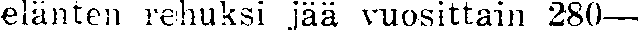
elänten rehuksi jää vuosittain 280—